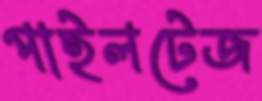
পাইলটেজ